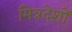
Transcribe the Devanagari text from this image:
मित्रदेशों